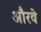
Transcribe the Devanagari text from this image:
औरवे